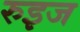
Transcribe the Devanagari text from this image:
रुइज